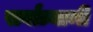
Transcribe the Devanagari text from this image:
सर्वांत्र्यामी